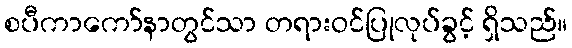
စပီကာကော်နာတွင်သာ တရားဝင်ပြုလုပ်ခွင့် ရှိသည်။